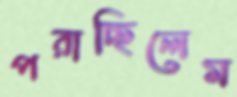
পরাচ্ছিলেম